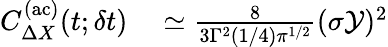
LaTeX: \begin{array}{rl}{C_{\Delta X}^{\mathrm{(ac)}}(t;\delta t)}&{{}\simeq\frac{8}{3\Gamma^{2}(1/4){\pi}^{1/2}}(\sigma\mathcal{Y})^{2}}\end{array}